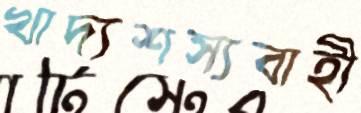
খাদ্যশস্যবাহী